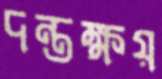
দন্তক্ষয়